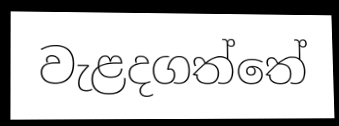
වැළදගත්තේ